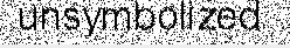
unsymbolized